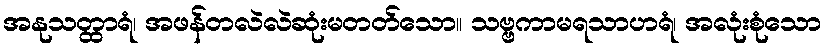
အနုသတ္ထာရံ၊ အဖန်တလဲလဲဆုံးမတတ်သော။ သဗ္ဗကာမရသာဟရံ၊ အလုံးစုံသော